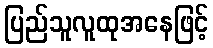
ပြည်သူလူထုအနေဖြင့်